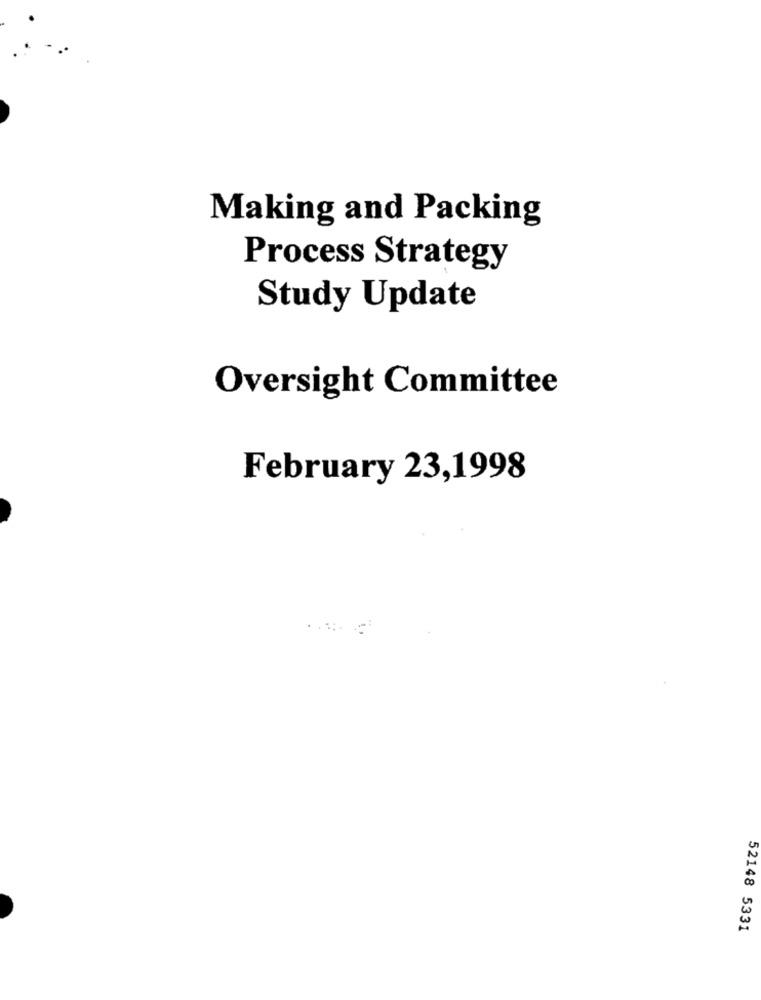
Making and Packing
Process Strategy
Study Update
Oversight Committee
February 23,1998
52148 5331